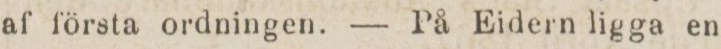
af första ordningen. — På Eidern ligga en